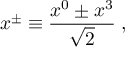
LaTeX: x ^ { \pm } \equiv { \frac { x ^ { 0 } \pm x ^ { 3 } } { \sqrt { 2 } } } \; ,